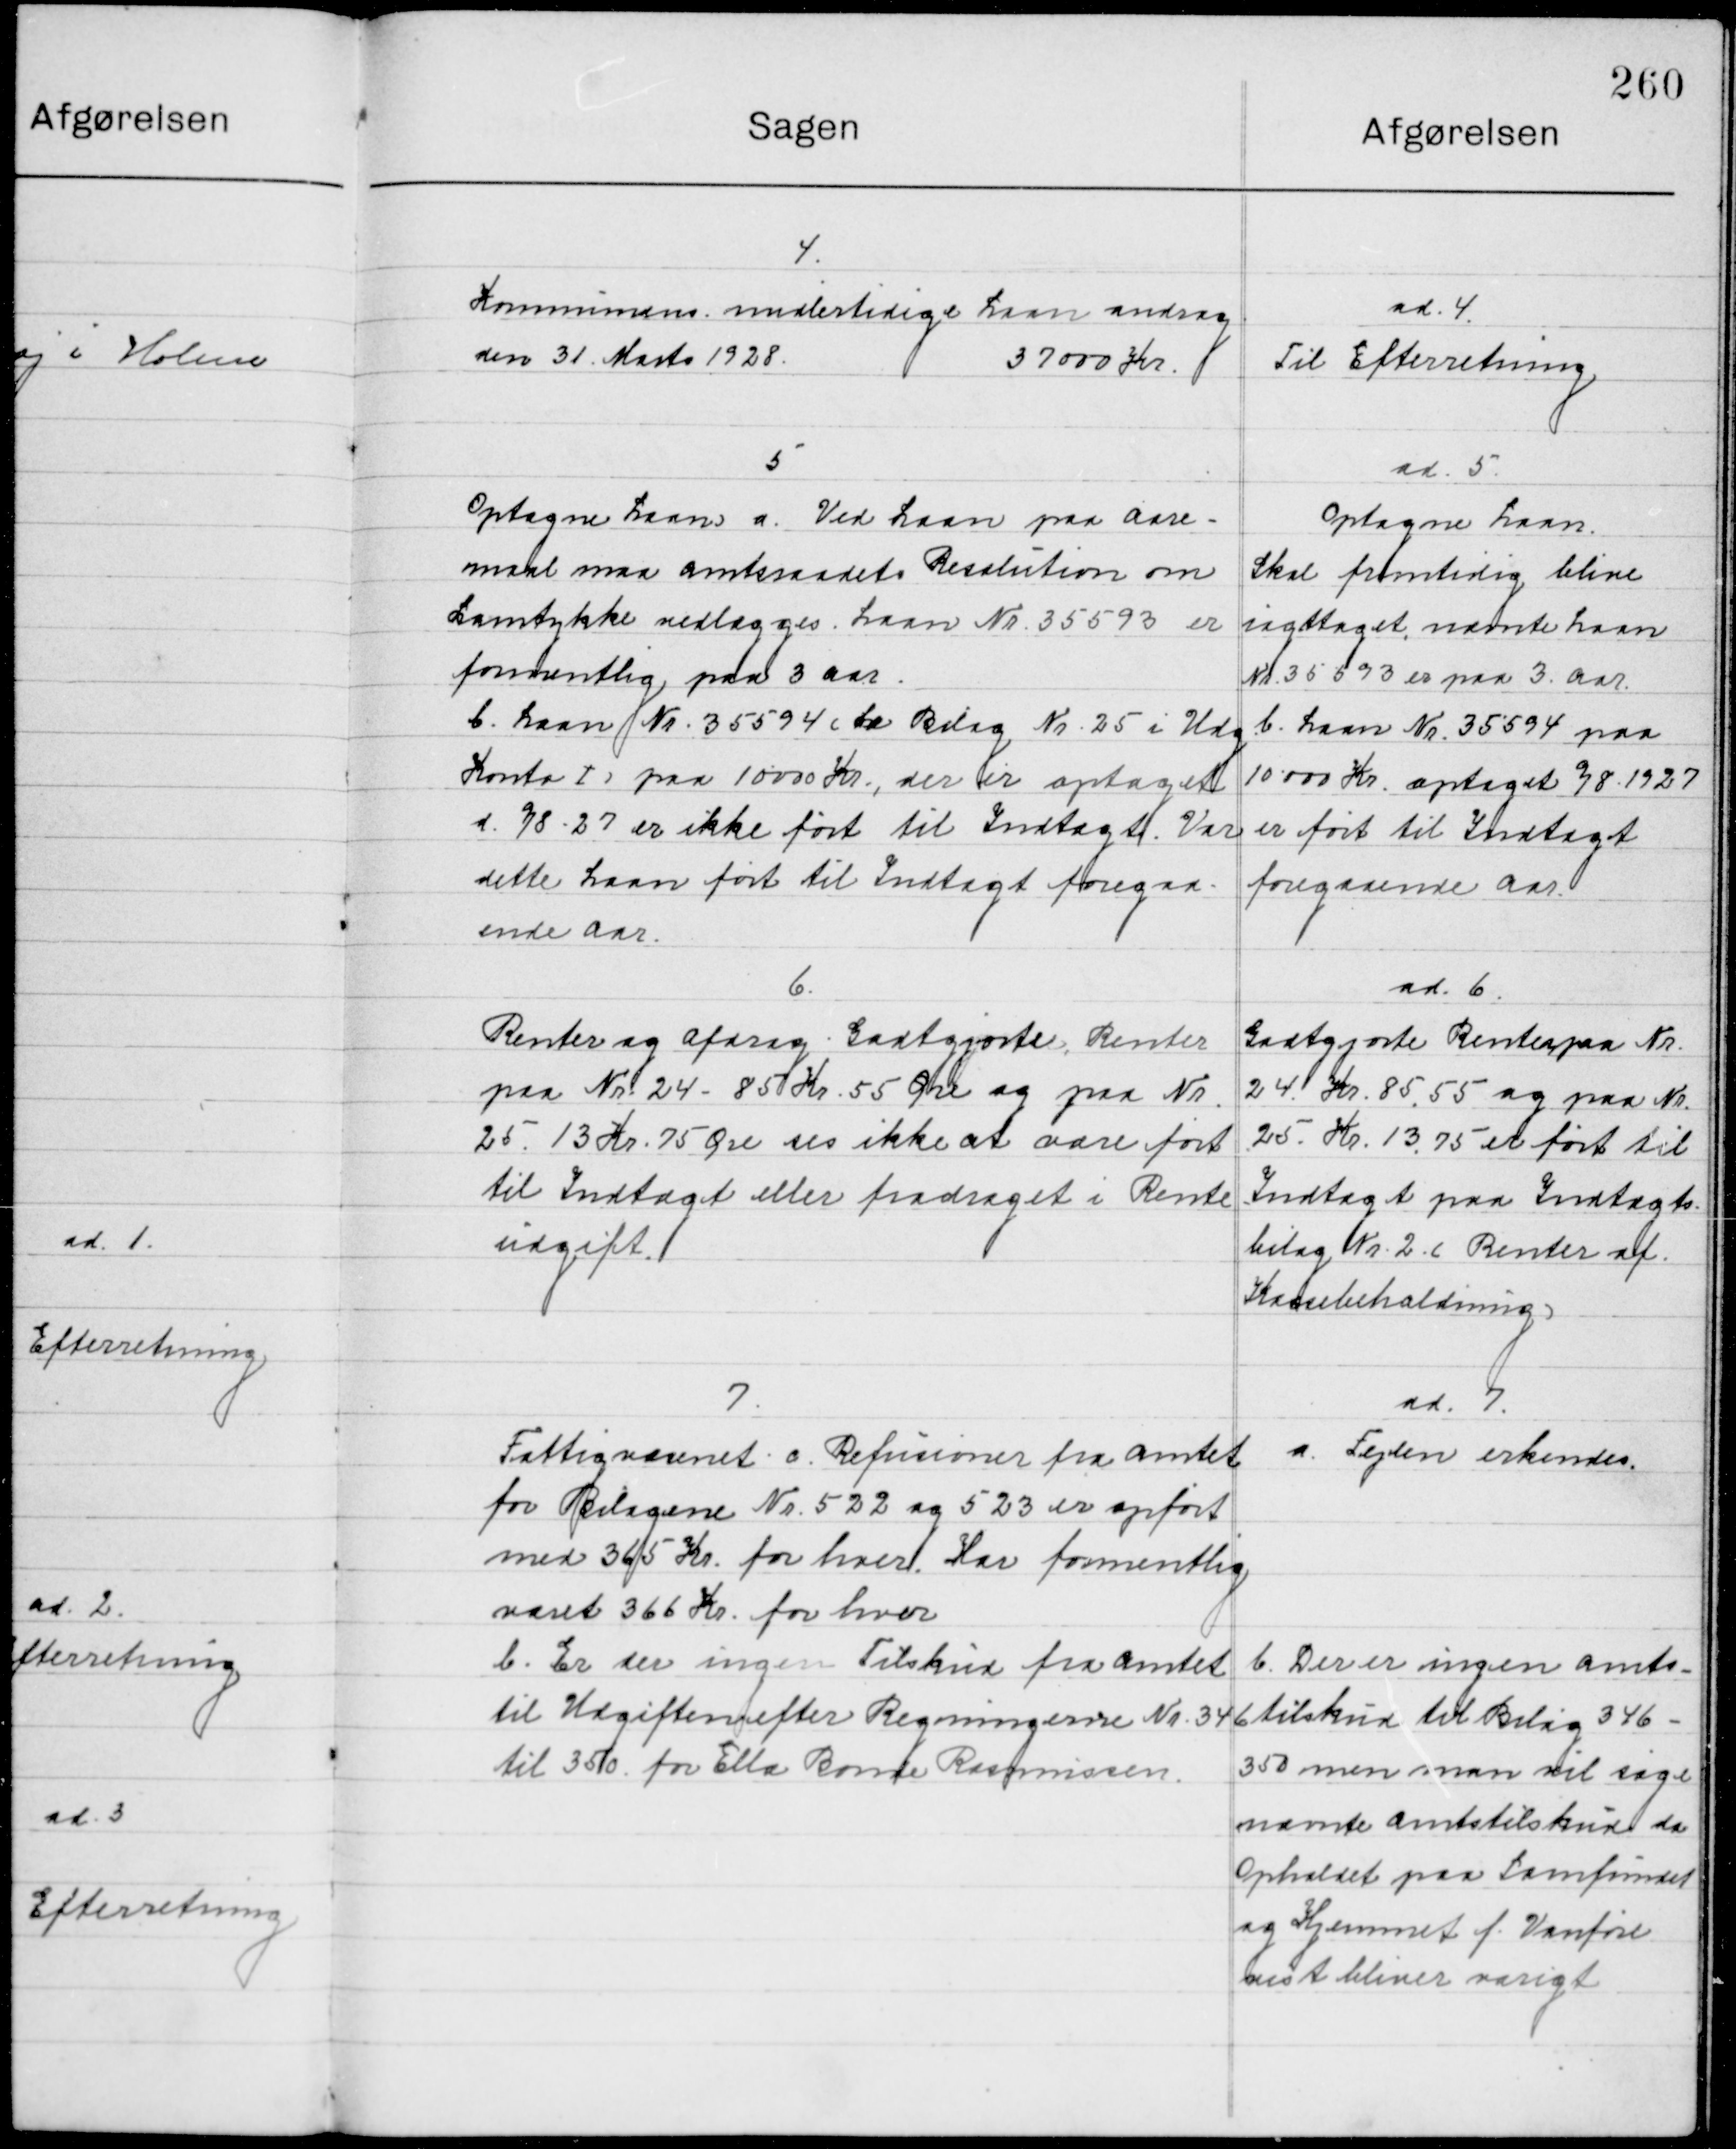
Transskription:
4.

Kommunens midlertidigt Laan androg
den 31 Marts 1928										37000 Kr.

ad. 4.
Til Efterretning

5.

Optagne laan a. Ved Laan paa aare-
maal maa Amtsraadet Resolution om
Samtykke vedlægges. Laan Nr. 35593 er
formentlig paa 3 aar.
b. Laan Nr. 35594 Kr. Bilag Nr. 25 i Udg.
Konto I, paa 10000 Kr. der er optaget
I 38-27 er ikke ført til Indtægt. Var
Dette Laan ført til Indtægt foregaa.
ende aar

ad. 5.
Optagne Laan
Skal fremtidig blive
iagttaget, næne laan
Nr. 35593 er paa 3 aar
b. Laan Nr. 35594 paa
10.000 Kr. optaget 38-1927
er ført til Indtægt
foregaaende aar

6.

Renter og afdrag godtgjorte Renter
paa Nr. 24 – 85 Kr. 55 Øre og paa Nr.
25 13 Kr. 75 Øre ere ikke at være ført
Til Indtægt eller fradraget i Rente 
Udgift.

ad 6.
godtgjorte renter paa Nr. 
24 Kr. 85,55 og paa Nr. 
25. Kr. 13,75  er ført til
Indtægt paa Indtægt-
Bilag Nr. 2 c Renter af 
Kassebeholdning

7.

Fattignævnet a. Refusioner fra Amtet
for Bilagene Nr. 522 og 523 er opført
med 365 Kr. for hver. Har formentlig
været 366 Kr. for hver.
b. Er der ingen Tilskud fra Amtet
til Udgifter efter Regningerne Nr. 346
til 350 for Ella Rønde Rasmussen

ad. 7.
a. Fejlen erkendes.

b. Der er ingen Amts-
tilskud til Bilag 346-
350 men man vil søge
nævnte amtstilskud da 
Opholdt paa Samfundet 
og Hjemmet f. Vanføre
mest bliver varigt.